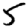
Digit: 5